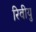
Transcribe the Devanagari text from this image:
रिवीयु